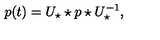
p ( t ) = U _ { \star } \star p \star U _ { \star } ^ { - 1 } ,